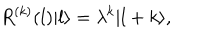
LaTeX: R ^ { ( k ) } ( l ) | l \rangle = \lambda ^ { k } | l + k \rangle ,